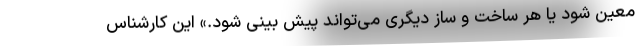
معین شود یا هر ساخت و ساز دیگری می‌تواند پیش بینی شود.» این کارشناس